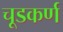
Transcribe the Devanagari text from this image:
चूडकर्ण